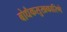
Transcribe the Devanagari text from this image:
बोधैकसुखकारिणे